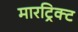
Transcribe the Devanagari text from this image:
मारट्रिक्ट